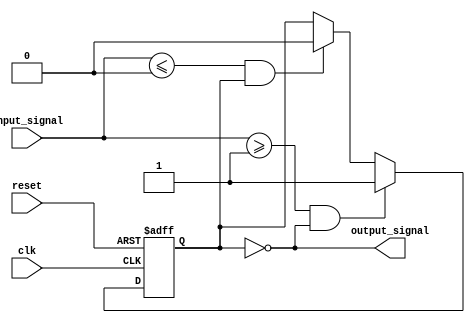
module Schmitt_trigger_inverter (
    input wire clk,
    input wire reset,
    input wire input_signal,
    output wire output_signal
);

parameter HIGH_TRIP = 1'b1;
parameter LOW_TRIP = 1'b0;

reg prev_output;

always @(posedge clk or posedge reset) begin
    if (reset) begin
        prev_output <= LOW_TRIP;
    end else begin
        if (input_signal >= HIGH_TRIP && prev_output == LOW_TRIP) begin
            prev_output <= HIGH_TRIP;
        end else if (input_signal <= LOW_TRIP && prev_output == HIGH_TRIP) begin
            prev_output <= LOW_TRIP;
        end
    end
end

assign output_signal = ~prev_output;

endmodule